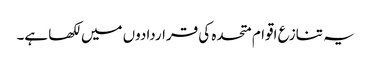
یہ تنازع اقوام متحدہ کی قراردادوں میں لکھا ہے۔